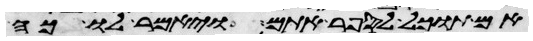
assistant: אם תוכל לספר אתם ויאמר לו כה